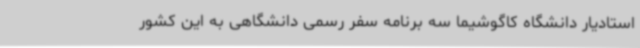
استادیار دانشگاه کاگوشیما سه برنامه سفر رسمی دانشگاهی به این کشور